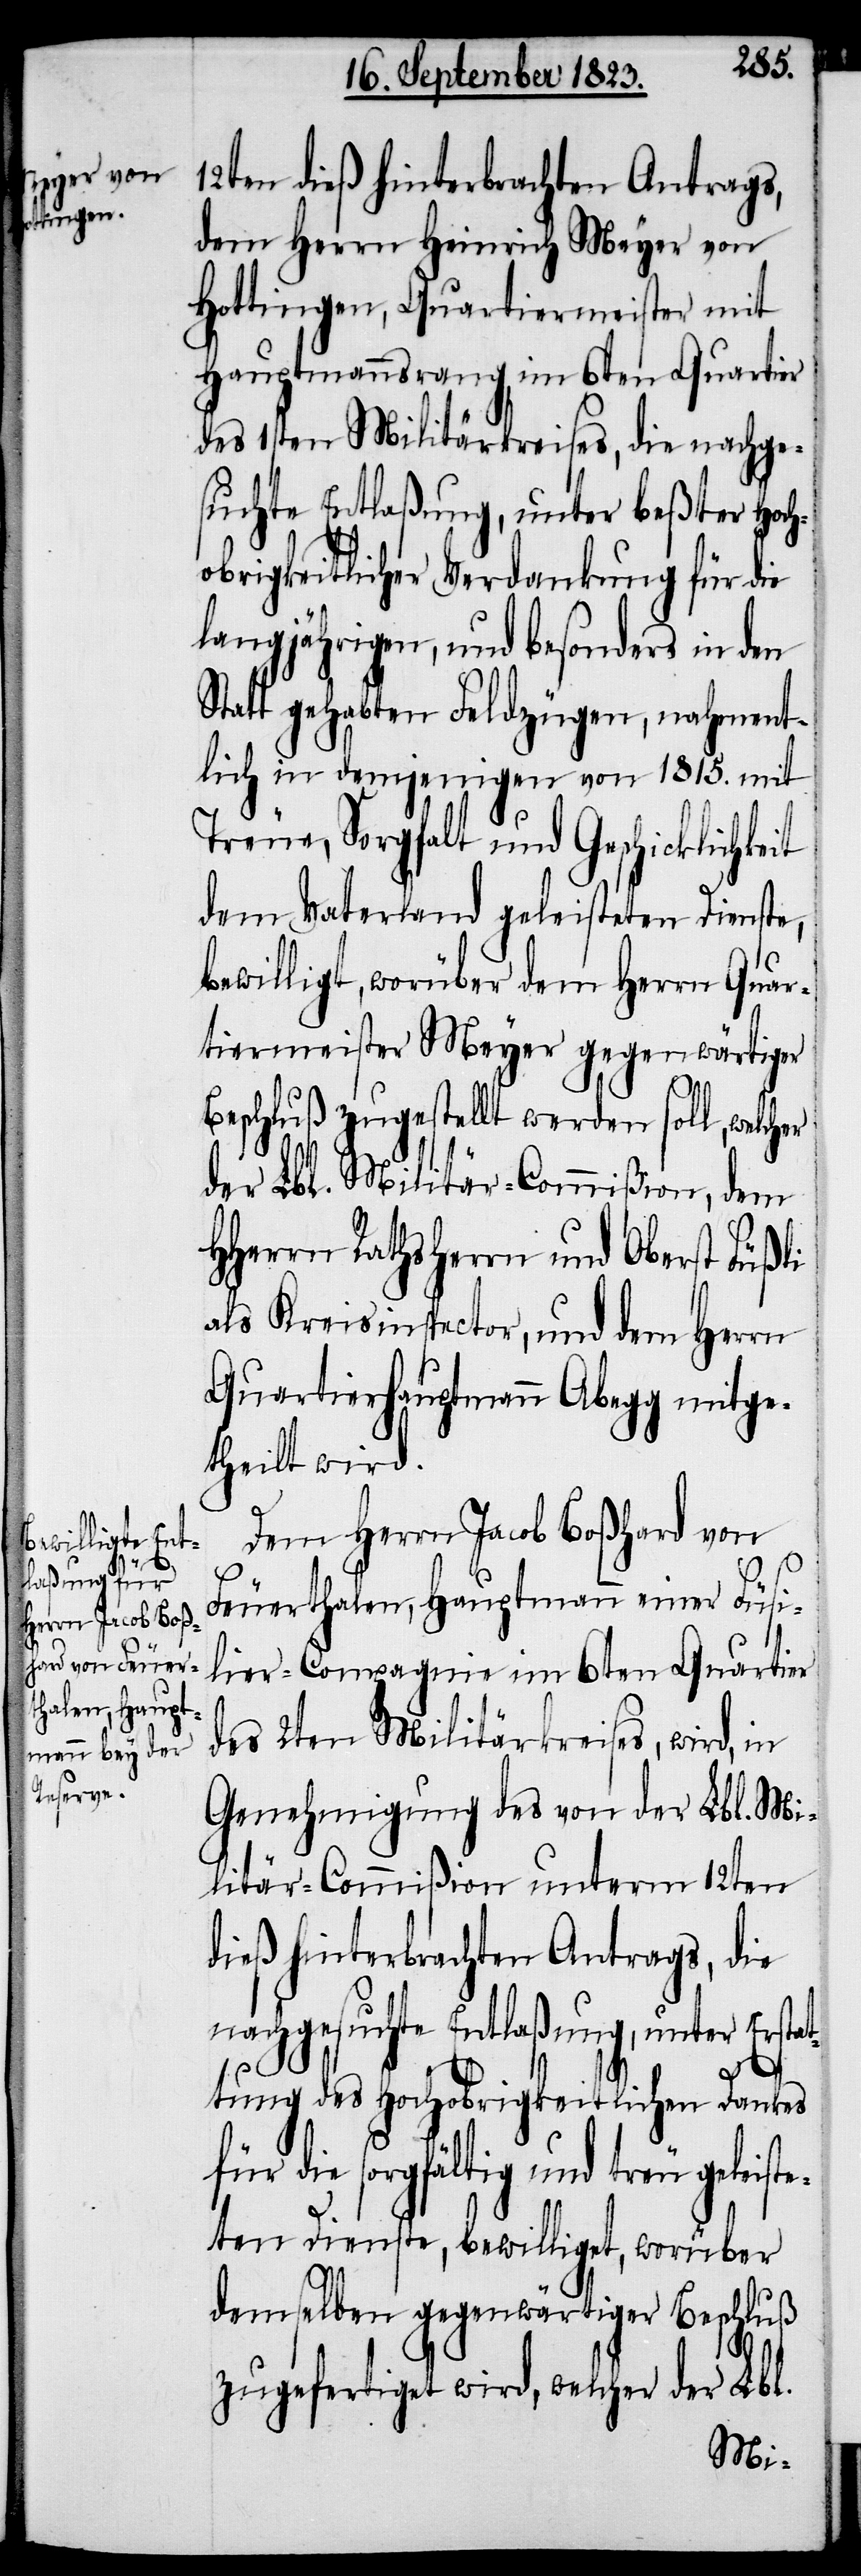
12ten dieß hinterbrachten Antrags,
dem Herrn Heinrich Meyer von
Hottingen, Quartiermeister mit
Hauptmannsrang, im 6ten Quartier
des 1sten Militärkreises, die nachge¬
suchte Entlaßung, unter beßter Hoch¬
obrigkeitlicher Verdankung für die
langjährigen, und besonders in den
Statt gehabten Feldzügen, nahment¬
lich in demjenigen von 1815. mit
Treue, Sorgfalt und Geschicklichkeit
dem Vaterland geleisteten Dienste,
bewilligt, worüber dem Herrn Quar¬
tiermeister Meyer gegenwärtiger
Beschluß zugestellt werden soll, welcher
der Lbl. Militär-Commißion, dem
HHerrn Rathsherr und Oberst Füßli
als Kreisinspector, und dem Herrn
Quartierhauptmann Abegg mitge¬
theilt wird.
Dem Herrn Jacob Boßhard von
Feuerthalen, Hauptmann einer Füsi¬
lier-Compagnie im 6ten Quartier
des 2ten Militärkreises, wird, in
Genehmigung des von der Lbl. Mi¬
litär-Commißion unterm 12ten
dieß hinterbrachten Antrags, die
nachgesuchte Entlaßung, unter Erstat¬
tung des Hochobrigkeitlichen Dankes
für die sorgfältig und treu geleist¬
eten Dienste, bewilliget, worüber
demselben gegenwärtiger Beschluß
zugefertiget wird, welcher der Lbl.